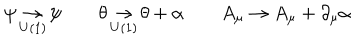
LaTeX: \psi \mathop \to _ { U ( 1 ) } \psi \qquad \theta \mathop \to _ { U ( 1 ) } \theta + \alpha \qquad A _ { \mu } \to A _ { \mu } + \partial _ { \mu } \alpha